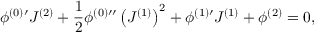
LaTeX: \phi ^ { ( 0 ) \prime } J ^ { ( 2 ) } + \frac { 1 } { 2 } \phi ^ { ( 0 ) \prime \prime } \left( J ^ { ( 1 ) } \right) ^ { 2 } + \phi ^ { ( 1 ) \prime } J ^ { ( 1 ) } + \phi ^ { ( 2 ) } = 0 , \,